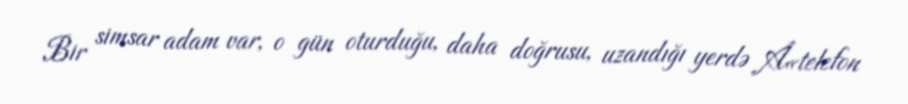
Bir simsar adam var, o gün oturduğu, daha doğrusu, uzandığı yerdə Â«telefon